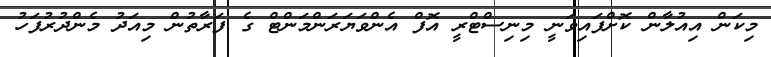
މިކަން އިއުލާން ކޮށްފައިވަނީ މިނިސްޓްރީ އޮފް އެންވަޔަރަންމަންޓް ގެ ފަރާތުން މިއަދު މެންދުރުފަހު